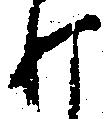
打